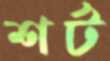
শর্ট